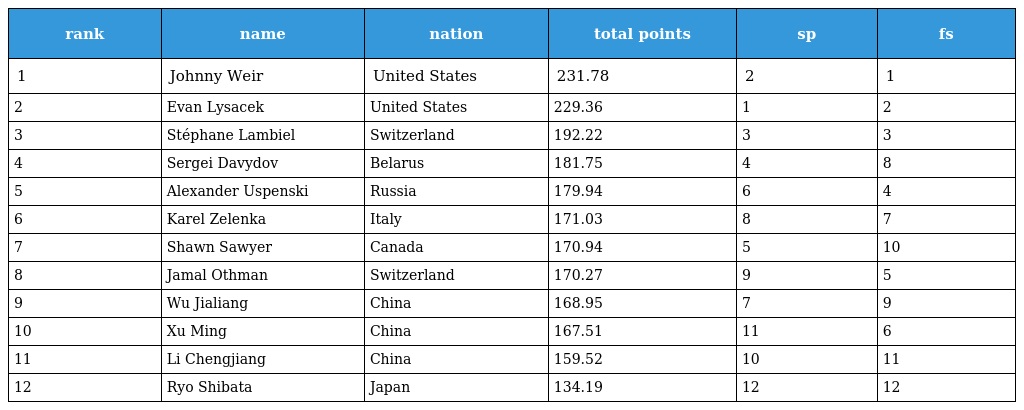
| rank | name | nation | total points | sp | fs |
 | --- | --- | --- | --- | --- | --- |
 | 1 | Johnny Weir | United States | 231.78 | 2 | 1 |
 | 2 | Evan Lysacek | United States | 229.36 | 1 | 2 |
 | 3 | Stéphane Lambiel | Switzerland | 192.22 | 3 | 3 |
 | 4 | Sergei Davydov | Belarus | 181.75 | 4 | 8 |
 | 5 | Alexander Uspenski | Russia | 179.94 | 6 | 4 |
 | 6 | Karel Zelenka | Italy | 171.03 | 8 | 7 |
 | 7 | Shawn Sawyer | Canada | 170.94 | 5 | 10 |
 | 8 | Jamal Othman | Switzerland | 170.27 | 9 | 5 |
 | 9 | Wu Jialiang | China | 168.95 | 7 | 9 |
 | 10 | Xu Ming | China | 167.51 | 11 | 6 |
 | 11 | Li Chengjiang | China | 159.52 | 10 | 11 |
 | 12 | Ryo Shibata | Japan | 134.19 | 12 | 12 |